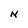
Character: N